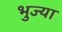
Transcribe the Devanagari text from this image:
भुज्या